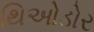
થિઓડોર